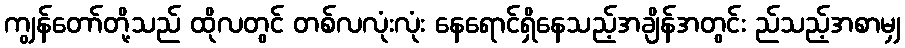
ကျွန်တော်တို့သည် ထိုလတွင် တစ်လလုံးလုံး နေရောင်ရှိနေသည့်အချိန်အတွင်း ည်သည့်အစာမျှ